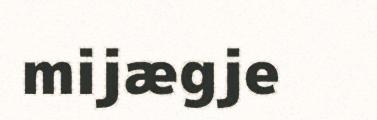
mijægje